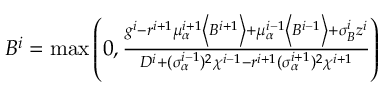
\begin{array} { r } { B ^ { i } = \operatorname* { m a x } \left( 0 , \frac { g ^ { i } - r ^ { i + 1 } \mu _ { \alpha } ^ { i + 1 } \left< B ^ { i + 1 } \right> + \mu _ { \alpha } ^ { i - 1 } \left< B ^ { i - 1 } \right> + \sigma _ { B } ^ { i } z ^ { i } } { D ^ { i } + ( \sigma _ { \alpha } ^ { i - 1 } ) ^ { 2 } \chi ^ { i - 1 } - r ^ { i + 1 } ( \sigma _ { \alpha } ^ { i + 1 } ) ^ { 2 } \chi ^ { i + 1 } } \right) } \end{array}